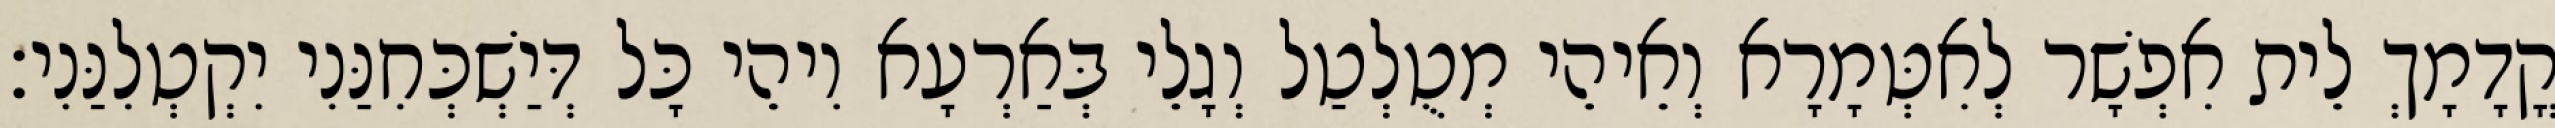
קֳדָמָךְ לֵית אִפְשָׁר לְאִטְּמָרָא וְאֵיהֵי מְטֻלְטַל וְגָלֵי בְּאַרְעָא וִיהֵי כָּל דְּיַשְׁכְּחִנַּנִי יִקְטְלִנַּנִי׃